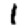
Digit: 1